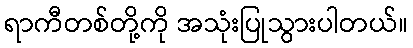
ရာကီတစ်တို့ကို အသုံးပြုသွားပါတယ်။